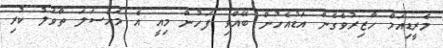
މެރީޑިއަމް ހާޒިރުވެގެން އަޑުއެހުން ބޭއްވި ފަހުން މިއީ އެ މައްސަލަ ތާވަލު ކުރި